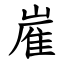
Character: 嵟